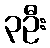
၃ဦး